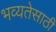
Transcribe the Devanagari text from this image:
भव्यतेसाठी